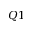
Q 1